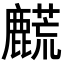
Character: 𬹀